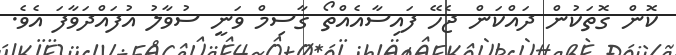
ކޮން ގޮތަކުން ދައްކަން ޖެހޭ ފައިސާއެއްތޯ ގާސިމް ވަނީ ސުވާލު އުފައްދަވާފަ އެވެ.